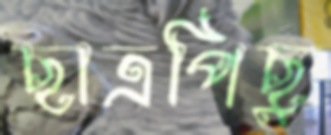
ছাত্রপিছু